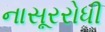
નાસૂરરોધી